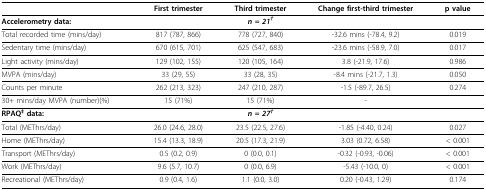
<table><thead><tr><td></td><td><b>First trimester</b></td><td><b>Third trimester</b></td><td><b>Change first-third trimester</b></td><td><b>p value</b></td></tr></thead><tbody><tr><td><b>Accelerometry data:</b></td><td></td><td><b><i>n = 21<sup>†</sup></i></b></td><td></td><td></td></tr><tr><td>Total recorded time (mins/day)</td><td>817 (787, 866)</td><td>778 (727, 840)</td><td>-32.6 mins (-78.4, 9.2)</td><td>0.019</td></tr><tr><td>Sedentary time (mins/day)</td><td>670 (615, 701)</td><td>625 (547, 683)</td><td>-23.6 mins (-58.9, 7.0)</td><td>0.017</td></tr><tr><td>Light activity (mins/day)</td><td>129 (102, 155)</td><td>120 (105, 164)</td><td>3.8 (-21.9, 17.6)</td><td>0.986</td></tr><tr><td>MVPA (mins/day)</td><td>33 (29, 55)</td><td>33 (28, 35)</td><td>-8.4 mins (-21.7, 1.3)</td><td>0.050</td></tr><tr><td>Counts per minute</td><td>262 (213, 323)</td><td>247 (210, 287)</td><td>-1.5 (-89.7, 26.5)</td><td>0.274</td></tr><tr><td>30+ mins/day MVPA (number)(%)</td><td>15 (71%)</td><td>15 (71%)</td><td>-</td><td></td></tr><tr><td><b>RPAQ<sup>‡ </sup>data:</b></td><td></td><td><b><i>n = 27<sup>†</sup></i></b></td><td></td><td></td></tr><tr><td>Total (METhrs/day)</td><td>26.0 (24.6, 28.0)</td><td>23.5 (22.5, 27.6)</td><td>-1.85 (-4.40, 0.24)</td><td>0.027</td></tr><tr><td>Home (METhrs/day)</td><td>15.4 (13.3, 18.9)</td><td>20.5 (17.3, 21.9)</td><td>3.03 (0.72, 6.58)</td><td>&lt; 0.001</td></tr><tr><td>Transport (METhrs/day)</td><td>0.5 (0.2, 0.9)</td><td>0 (0.0, 0.1)</td><td>-0.32 (-0.93, -0.06)</td><td>&lt; 0.001</td></tr><tr><td>Work (METhrs/day)</td><td>9.6 (5.7, 10.7)</td><td>0 (0.0, 6.9)</td><td>-5.43 (-10.0, 0)</td><td>&lt; 0.001</td></tr><tr><td>Recreational (METhrs/day)</td><td>0.9 (0.4, 1.6)</td><td>1.1 (0.0, 3.0)</td><td>0.20 (-0.43, 1.29)</td><td>0.174</td></tr></tbody></table>